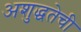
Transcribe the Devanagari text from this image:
अशुद्धतेची